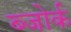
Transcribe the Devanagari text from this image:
ब्जोर्क